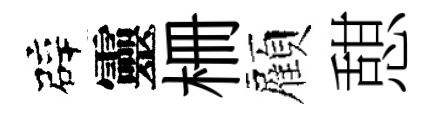
辟靈栅顏憇